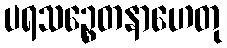
ပရသဉ္စေတနာဟေတု